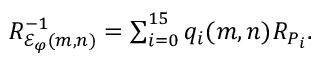
\begin{array} { r } { R _ { { \mathcal E } _ { \varphi } ( m , n ) } ^ { - 1 } = \sum _ { i = 0 } ^ { 1 5 } q _ { i } ( m , n ) R _ { P _ { i } } . } \end{array}